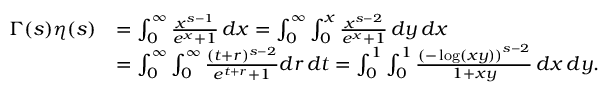
{ \begin{array} { r l } { \Gamma ( s ) \eta ( s ) } & { = \int _ { 0 } ^ { \infty } { \frac { x ^ { s - 1 } } { e ^ { x } + 1 } } \, d x = \int _ { 0 } ^ { \infty } \int _ { 0 } ^ { x } { \frac { x ^ { s - 2 } } { e ^ { x } + 1 } } \, d y \, d x } \\ & { = \int _ { 0 } ^ { \infty } \int _ { 0 } ^ { \infty } { \frac { ( t + r ) ^ { s - 2 } } { e ^ { t + r } + 1 } } d r \, d t = \int _ { 0 } ^ { 1 } \int _ { 0 } ^ { 1 } { \frac { \left( - \log ( x y ) \right) ^ { s - 2 } } { 1 + x y } } \, d x \, d y . } \end{array} }